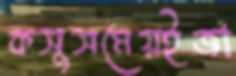
কসুসমেয়ইজা